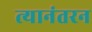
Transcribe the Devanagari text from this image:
त्यानंतरन